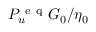
P _ { u } ^ { \mathrm { ~ e ~ q ~ } } G _ { 0 } / \eta _ { 0 }